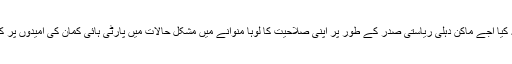
حالانکہ دیکھنے کی بات یہ ہوگی کہ کیا اجے ماکن دہلی ریاستی صدر کے طور پر اپنی صلاحیت کا لوہا منوانے میں مشکل حالات میں پارٹی ہائی کمان کی امیدوں پر کھرا اترنے کامیاب ہوپاتے ہیں یانہیں۔